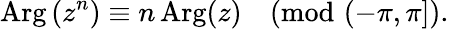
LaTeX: \operatorname{Arg}\left(z^{n}\right)\equiv n\operatorname{Arg}(z){\pmod{(-\pi,\pi]}}.